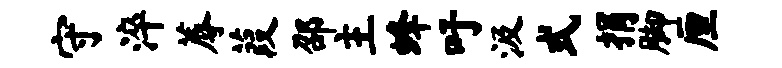
守淬蓐葭邵主蜂吁汲式捐脚厘